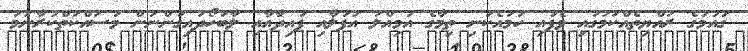
ގައުމުގެ ރައްޔިތެއްކަމުގައި ވެފައި ހަމައެކަނި ތިމާގެ އަމިއްލަ އުފަލާއި ފައިދާއާއި ލާބަހޯދައިގަންނަން މަސައްކަތްކުރާނަމަ